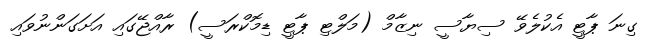
ގިނަ ޕާޓީ އެކުލެވޭ ސިޔާސީ ނިޒާމް (މަލްޓި ޕާޓީ ޑިމޮކްރަސީ) ރާއްޖޭގައި އަށަގަންނުވައި